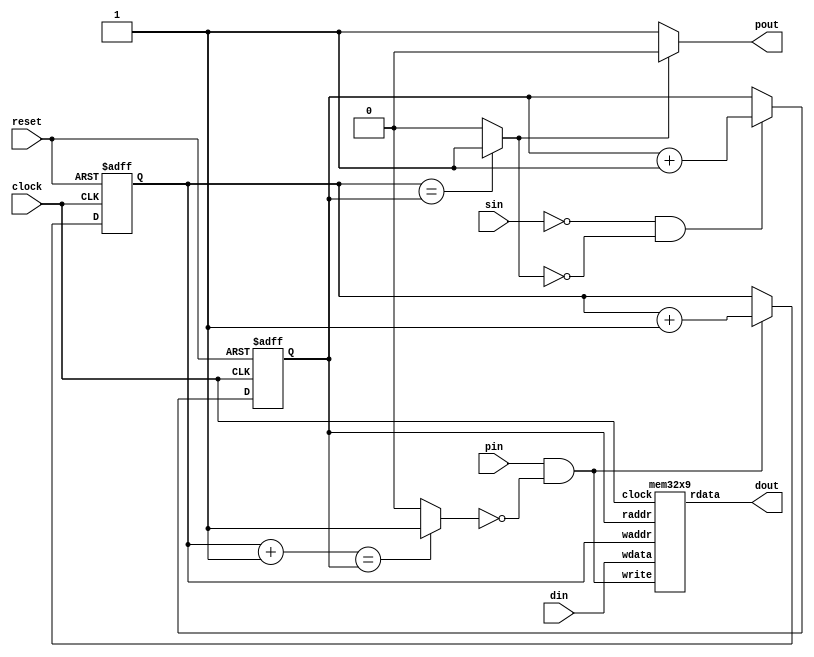
`timescale 1ns/1ns
module fifo(clock,reset,pin,sin,din,pout,dout);

input clock,reset; //clock, reset signals

input pin, sin; //input flags

input [8:0] din;

output pout ; 

output [8:0] dout;


reg full,empty ;


reg mwrite, mread; 

reg [4:0] fullw,mem_w,fullr,mem_r; 

reg pout;

assign S0 = mem_w[4] ;


mem32x9 mem (.clock   (clock),
             .waddr (mem_w), 
             .wdata (din), 
             .write (mwrite),
             .raddr (mem_r), 
             .rdata (dout)
            );

always @ (*)
begin


  if((mem_w + 1) == mem_r)
    full = 1'b1 ;
  else 
    full = 1'b0 ; 

  if(mem_w == mem_r)
    empty = 1'b1 ;
  else 
    empty = 1'b0 ; 


  mwrite = pin & !full ;
  mread = !sin & !empty;


  if(mwrite) 
    fullw = mem_w + 1'b1 ; else 
    fullw = mem_w  ;


  if(mread) 
    fullr = mem_r + 1'b1 ; else 
    fullr = mem_r  ;


  if(!empty)
    pout = 1'b1;
  else 
    pout = 1'b0;
end


always @ (posedge clock or posedge(reset))
begin
  if(reset) begin
    mem_w <= 0;
  end else begin
    mem_w <= #1  fullw ;
  end
end


always @ (posedge clock or posedge(reset))
begin
  if(reset) begin
    mem_r <= 0;
  end else begin
  mem_r <= #1 fullr;
  end
end

endmodule





`timescale 1ns/10ps

module mem32x9(input clock,input [4:0] waddr, 
    input [8:0] wdata, input write,
    input [4:0] raddr, output [8:0] rdata);


reg [8:0] mem[0:31];

reg [8:0] rdataf;


assign rdata = rdataf;

always @(*) begin
  rdataf <= #2 mem[raddr];
end

always @(posedge(clock)) begin
  if(write) begin
    mem[waddr]<=#2 wdata;
  end
end

endmodule